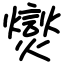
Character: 爕